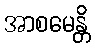
အာစမေန္တိ